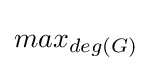
max_{deg(G)}